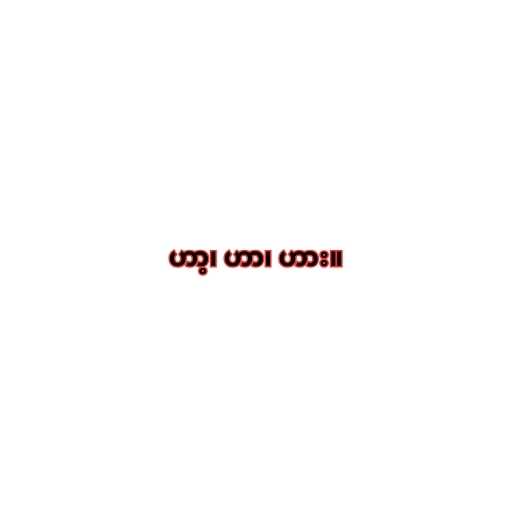
ဟာ့၊ ဟာ၊ ဟား။